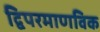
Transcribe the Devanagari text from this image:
द्विपरमाणविक